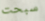
سبحت